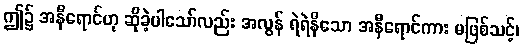
ဤ၌ အနီရောင်ဟု ဆိုခဲ့ပါသော်လည်း အလွန် ရဲရဲနီသော အနီရောင်ကား မဖြစ်သင့်၊